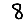
Digit: 8